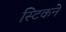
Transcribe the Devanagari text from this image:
स्टिकने